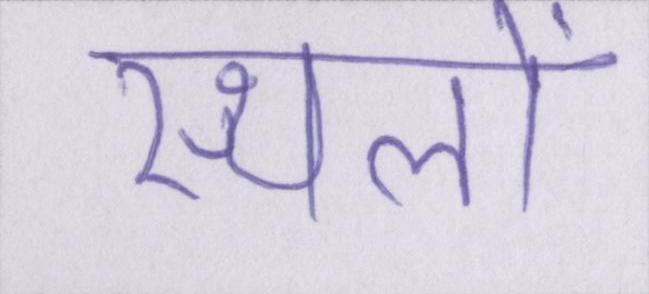
स्थलों